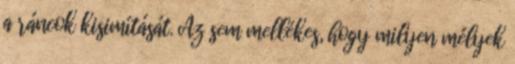
a ráncok kisimítását. Az sem mellékes, hogy milyen mélyek